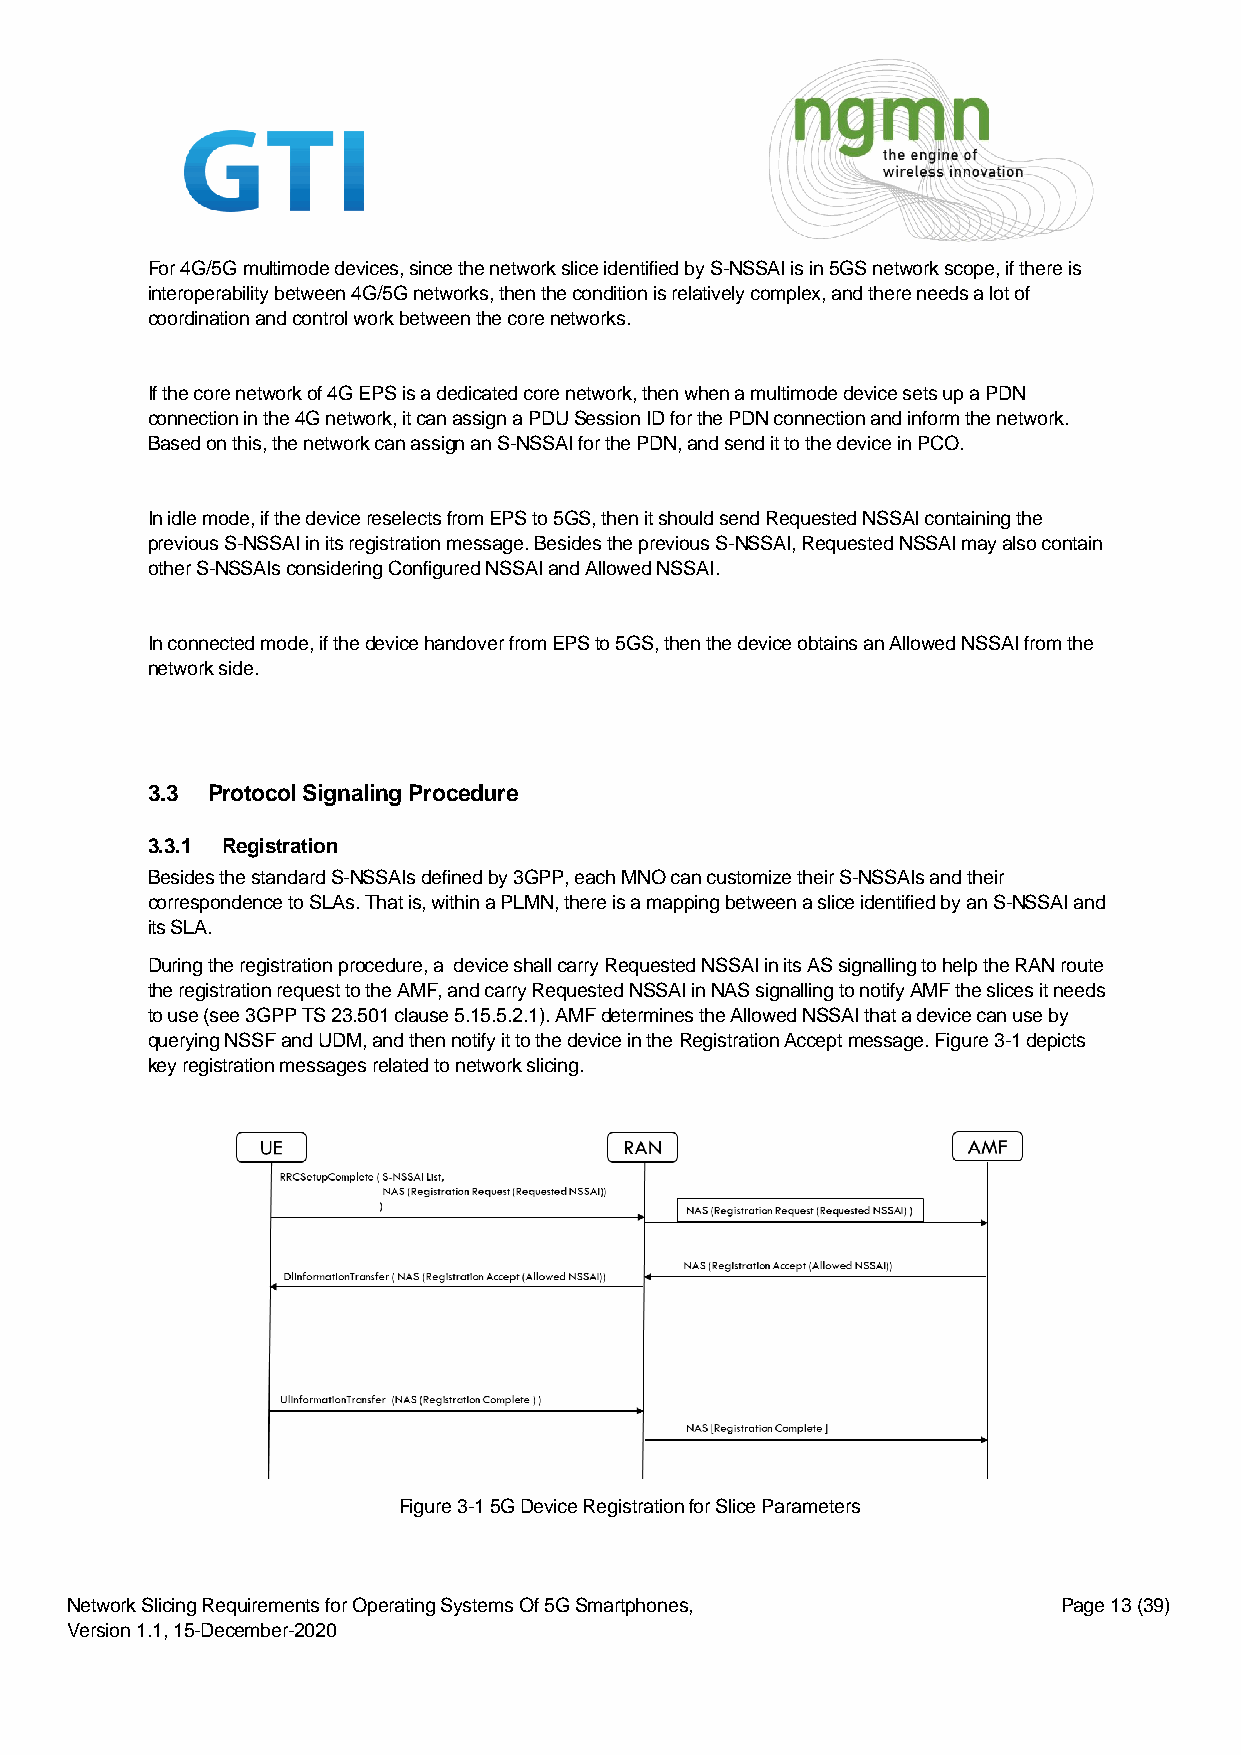
For 4G/5G multimode devices, since the network slice identified by S-NSSAI is in 5GS network scope, if there is
 interoperability between 4G/5G networks, then the condition is relatively complex, and there needs a lot of
 coordination and control work between the core networks.
 If the core network of 4G EPS is a dedicated core network, then when a multimode device sets up a PDN
 connection in the 4G network, it can assign a PDU Session ID for the PDN connection and inform the network.
 Based on this, the network can assign an S-NSSAI for the PDN, and send it to the device in PCO.
 In idle mode, if the device reselects from EPS to 5GS, then it should send Requested NSSAI containing the
 previous S-NSSAI in its registration message. Besides the previous S-NSSAI, Requested NSSAI may also contain
 other S-NSSAIs considering Configured NSSAI and Allowed NSSAI.
 In connected mode, if the device handover from EPS to 5GS, then the device obtains an Allowed NSSAI from the
 network side.
 3.3 Protocol Signaling Procedure
 3.3.1 Registration
 Besides the standard S-NSSAIs defined by 3GPP, each MNO can customize their S-NSSAIs and their
 correspondence to SLAs. That is, within a PLMN, there is a mapping between a slice identified by an S-NSSAI and
 its SLA.
 During the registration procedure, a device shall carry Requested NSSAI in its AS signalling to help the RAN route
 the registration request to the AMF, and carry Requested NSSAI in NAS signalling to notify AMF the slices it needs
 to use (see 3GPP TS 23.501 clause 5.15.5.2.1). AMF determines the Allowed NSSAI that a device can use by
 querying NSSF and UDM, and then notify it to the device in the Registration Accept message. Figure 3-1 depicts
 key registration messages related to network slicing.
 Figure 3-1 5G Device Registration for Slice Parameters
 Network Slicing Requirements for Operating Systems Of 5G Smartphones, Page 13 (39)
 Version 1.1, 15-December-2020